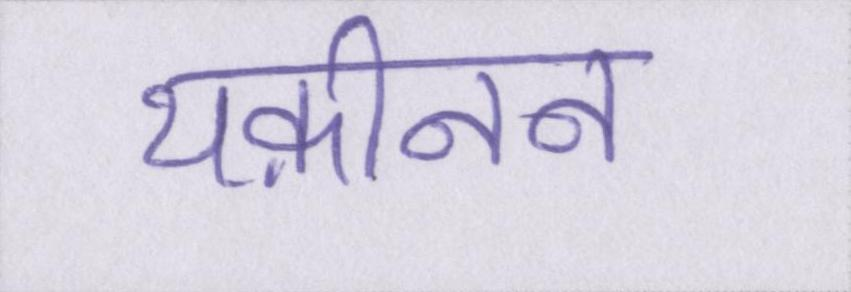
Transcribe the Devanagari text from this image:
यक़ीनन